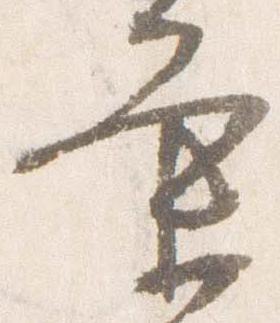
条